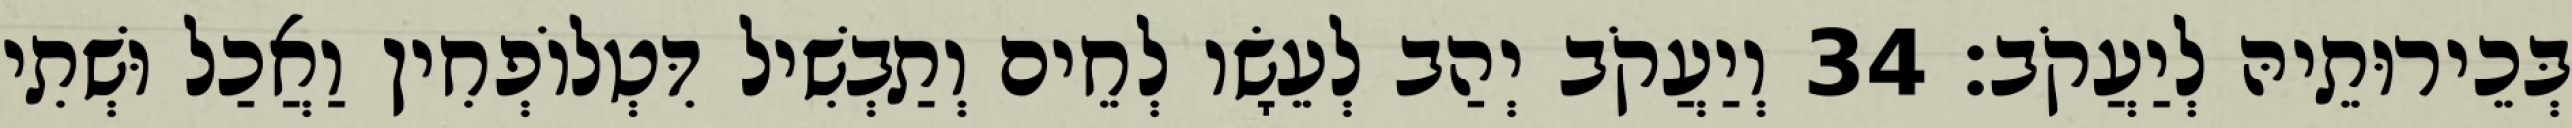
בְּכֵירוּתֵיהּ לְיַעֲקֹב׃ 34 וְיַעֲקֹב יְהַב לְעֵשָׂו לְחֵים וְתַבְשִׁיל דִּטְלוֹפְחִין וַאֲכַל וּשְׁתִי